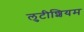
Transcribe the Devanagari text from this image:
लुटीशियम